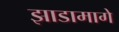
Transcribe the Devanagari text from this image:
झाडामागे